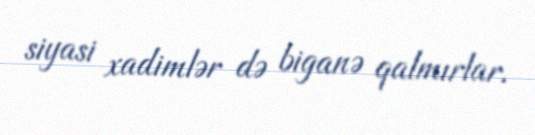
siyasi xadimlər də biganə qalmırlar.